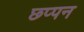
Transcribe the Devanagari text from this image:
छ्प्पन